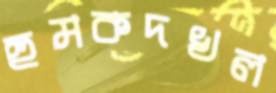
হুমকদখল